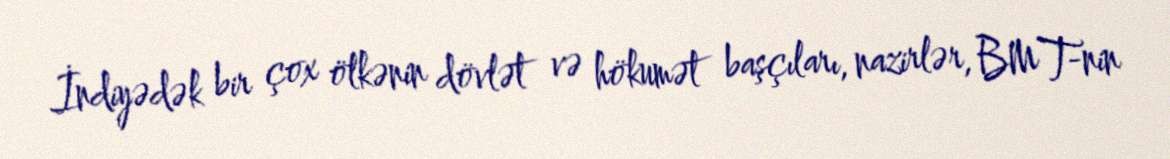
İndiyədək bir çox ölkənin dövlət və hökumət başçıları, nazirlər, BMT-nin